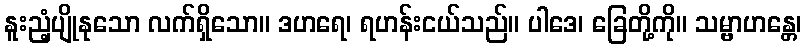
နူးညံ့ပျိုနုသော လက်ရှိသော။ ဒဟရေ၊ ရဟန်းငယ်သည်။ ပါဒေ၊ ခြေတို့ကို။ သမ္ဗာဟန္တေ၊